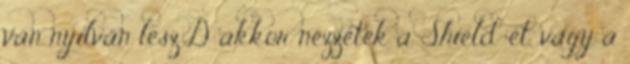
van nyilván lesz:D akkor nézzétek a Shield-et, vagy a